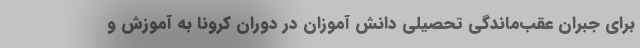
برای جبران عقب‌ماندگی تحصیلی دانش آموزان در دوران کرونا به آموزش و